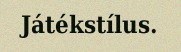
Játékstílus.